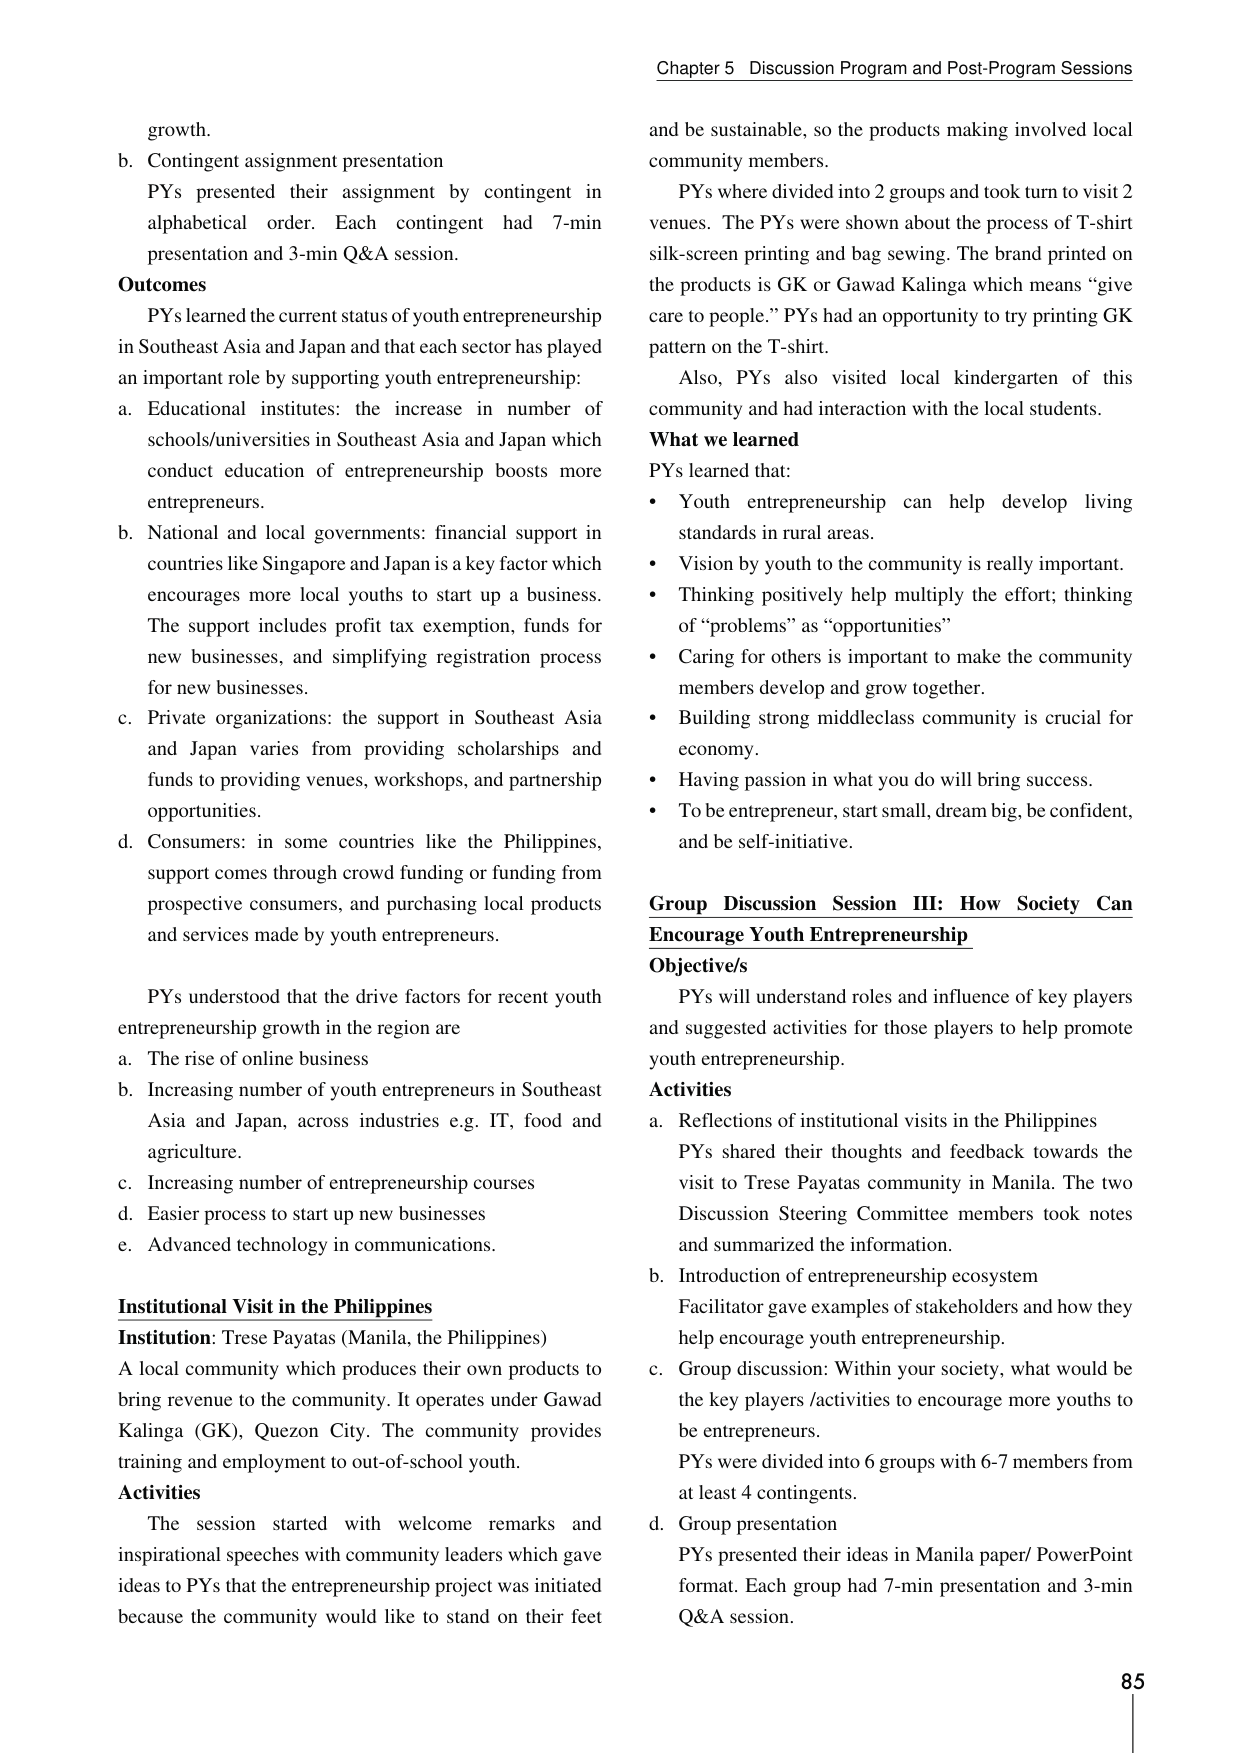
Chapter 5 Discussion Program and Post-Program Sessions

growth.
b. Contingent assignment presentation
PYs presented their assignment by contingent in alphabetical order. Each contingent had 7-min presentation and 3-min Q&A session.

Outcomes
PYs learned the current status of youth entrepreneurship in Southeast Asia and Japan and that each sector has played an important role by supporting youth entrepreneurship:
a. Educational institutes: the increase in number of schools/universities in Southeast Asia and Japan which conduct education of entrepreneurship boosts more entrepreneurs.
b. National and local governments: financial support in countries like Singapore and Japan is a key factor which encourages more local youths to start up a business. The support includes profit tax exemption, funds for new businesses, and simplifying registration process for new businesses.
c. Private organizations: the support in Southeast Asia and Japan varies from providing scholarships and funds to providing venues, workshops, and partnership opportunities.
d. Consumers: in some countries like the Philippines, support comes through crowd funding or funding from prospective consumers, and purchasing local products and services made by youth entrepreneurs.

PYs understood that the drive factors for recent youth entrepreneurship growth in the region are
a. The rise of online business
b. Increasing number of youth entrepreneurs in Southeast Asia and Japan, across industries e.g. IT, food and agriculture.
c. Increasing number of entrepreneurship courses
d. Easier process to start up new businesses
e. Advanced technology in communications.

Institutional Visit in the Philippines
Institution: Trese Payatas (Manila, the Philippines)
A local community which produces their own products to bring revenue to the community. It operates under Gawad Kalinga (GK), Quezon City. The community provides training and employment to out-of-school youth.

Activities
The session started with welcome remarks and inspirational speeches with community leaders which gave ideas to PYs that the entrepreneurship project was initiated because the community would like to stand on their feet and be sustainable, so the products making involved local community members.
PYs where divided into 2 groups and took turn to visit 2 venues. The PYs were shown about the process of T-shirt silk-screen printing and bag sewing. The brand printed on the products is GK or Gawad Kalinga which means “give care to people.” PYs had an opportunity to try printing GK pattern on the T-shirt.
Also, PYs also visited local kindergarten of this community and had interaction with the local students.

What we learned
PYs learned that:
• Youth entrepreneurship can help develop living standards in rural areas.
• Vision by youth to the community is really important.
• Thinking positively help multiply the effort; thinking of “problems” as “opportunities”
• Caring for others is important to make the community members develop and grow together.
• Building strong middleclass community is crucial for economy.
• Having passion in what you do will bring success.
• To be entrepreneur, start small, dream big, be confident, and be self-initiative.

Group Discussion Session III: How Society Can Encourage Youth Entrepreneurship
Objective/s
PYs will understand roles and influence of key players and suggested activities for those players to help promote youth entrepreneurship.

Activities
a. Reflections of institutional visits in the Philippines
PYs shared their thoughts and feedback towards the visit to Trese Payatas community in Manila. The two Discussion Steering Committee members took notes and summarized the information.
b. Introduction of entrepreneurship ecosystem
Facilitator gave examples of stakeholder and how they help encourage youth entrepreneurship.
c. Group discussion: Within your society, what would be the key players /activities to encourage more youths to be entrepreneurs.
PYs were divided into 6 groups with 6-7 members from at least 4 contingents.
d. Group presentation
PYs presented their ideas in Manila paper/ PowerPoint format. Each group had 7-min presentation and 3-min Q&A session.

85